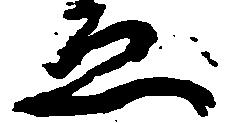
ゑ